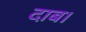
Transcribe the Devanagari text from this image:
दाब।